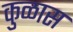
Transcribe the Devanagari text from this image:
कुळास